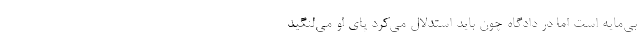
بی‌مایه است اما در دادگاه چون باید استدلال می‌کرد پای او می‌لنگید